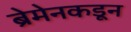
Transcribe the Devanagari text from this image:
ब्रेमेनकडून